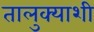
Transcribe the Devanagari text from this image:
तालुक्‍याशी